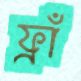
ফ্রাঁ